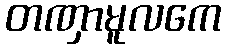
တဏှာမူလကေ